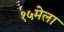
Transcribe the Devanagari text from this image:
१५मेला